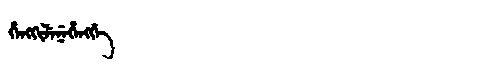
Manchu: ᡥᡝᠩᡴᡳᠯᡝᠨᡝᡥᡝᠩᡤᡝ
Romanization: HENGKILENEHENGGE